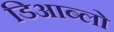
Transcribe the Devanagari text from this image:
डिआब्लो